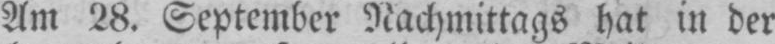
Am 28. September Nachmittags hat in der